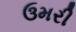
ઉમરી